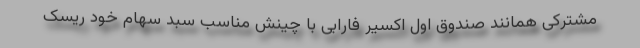
مشترکی همانند صندوق اول اکسیر فارابی با چینش مناسب سبد سهام خود ریسک